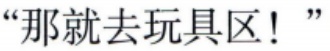
“那就去玩具区！”“那就去玩具区！”